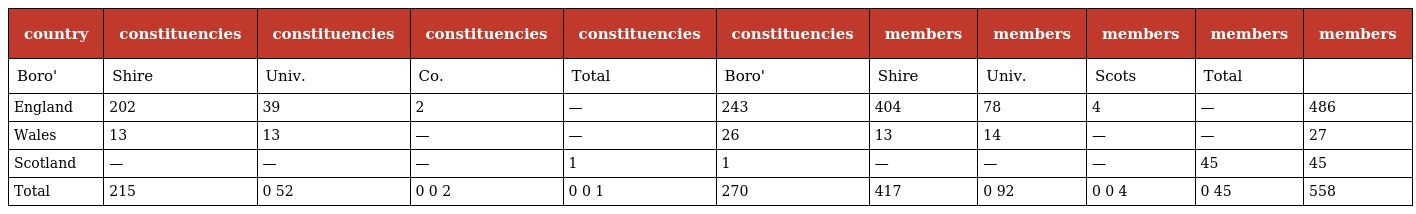
| country | constituencies | constituencies | constituencies | constituencies | constituencies | members | members | members | members | members |
 | --- | --- | --- | --- | --- | --- | --- | --- | --- | --- | --- |
 | Boro' | Shire | Univ. | Co. | Total | Boro' | Shire | Univ. | Scots | Total |  |
 | England | 202 | 39 | 2 | — | 243 | 404 | 78 | 4 | — | 486 |
 | Wales | 13 | 13 | — | — | 26 | 13 | 14 | — | — | 27 |
 | Scotland | — | — | — | 1 | 1 | — | — | — | 45 | 45 |
 | Total | 215 | 0 52 | 0 0 2 | 0 0 1 | 270 | 417 | 0 92 | 0 0 4 | 0 45 | 558 |